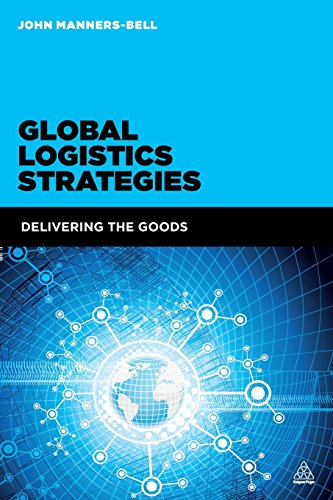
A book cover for Global Logistics Strategies: Delivering the Goods; John Manners-Bell; Business & Money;